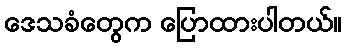
ဒေသခံတွေက ပြောထားပါတယ်။